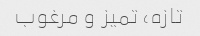
تازه، تمیز و مرغوب